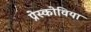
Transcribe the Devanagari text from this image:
प्रेस्कोविया